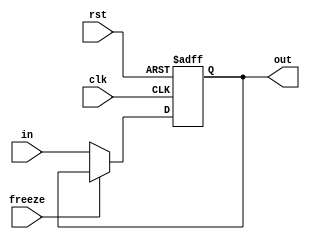
module PC(
    input clk, rst, freeze,
    input [31:0] in,
    output reg [31:0] out
);
  always @ (posedge clk, posedge rst) begin
    if (rst) out <= 32'b0;
    else begin
      if (freeze) out <= out;
      else out <= in;
    end
  end

endmodule